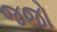
જજો